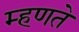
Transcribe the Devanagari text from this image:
म्‍हणते